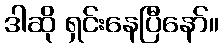
ဒါဆို ရှင်းနေပြီနော်။